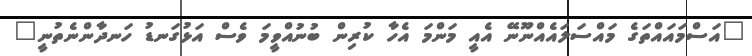
"އަސްމައައްތަގެ މައްސަލައެއްނޫނޭ އެއީ މަންމަ އެހާ ކުރިން ބުނުއްވީމަ ވެސް އަޅުގަނޑު ހަނދާންނެތުނީ"